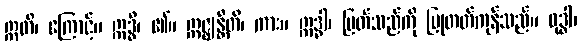
ဣတိ၊ ကြောင့်။ ဣဒ္ဓိ၊ ၏။ ဣဇ္ဈန္တီတိ၊ ကား။ ဣဒ္ဓါ၊ မြတ်သည်ကို ပြုတတ်ကုန်သည်။ ဝုဒ္ဓါ၊